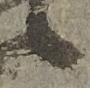
候